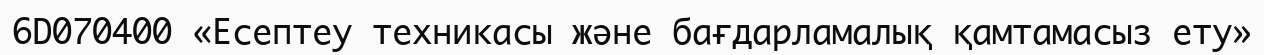
6D070400 «Есептеу техникасы және бағдарламалық қамтамасыз ету»